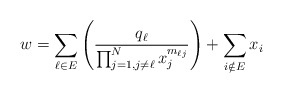
\begin{align*}w = \sum_{\ell \in E} \left( \dfrac{q_{\ell}}{\prod_{j=1, j \neq \ell}^N x_j^{m_{\ell j }}}\right) + \sum_{i \notin E} x_i\end{align*}